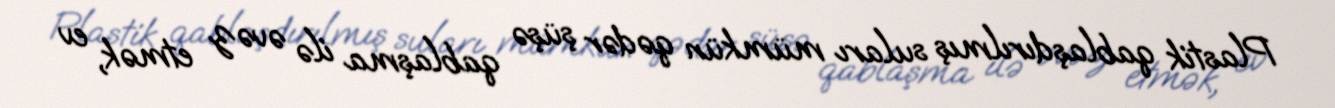
Plastik qablaşdırılmış suları mümkün qədər şüşə qablaşma ilə əvəz etmək, ev